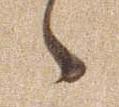
ゝ